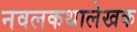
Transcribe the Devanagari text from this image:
नवलकथालेखक